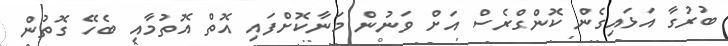
ބުރުގާ އަޅައިގެން ކޮންގްރެސް އަށް ވަނުން މަނާކޮށްފައި އޮތް އޮތުމާއި ބެހޭ ގޮތުން